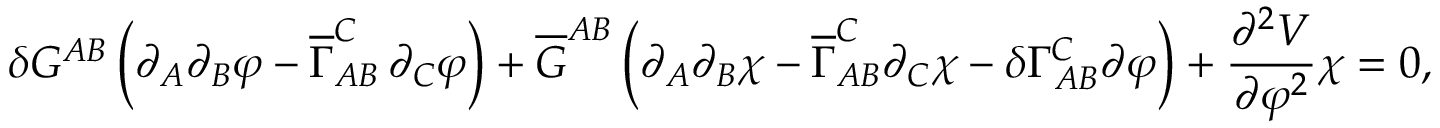
\delta G ^ { A B } \, \biggl ( \partial _ { A } \partial _ { B } \varphi - \overline { { { \Gamma } } } _ { A B } ^ { C } \, \partial _ { C } \varphi \biggr ) + \overline { { { G } } } ^ { A B } \, \biggl ( \partial _ { A } \partial _ { B } \chi - \overline { { { \Gamma } } } _ { A B } ^ { C } \partial _ { C } \chi - \delta \Gamma _ { A B } ^ { C } \partial \varphi \biggr ) + \frac { \partial ^ { 2 } V } { \partial \varphi ^ { 2 } } \chi = 0 ,